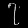
Digit: ၇